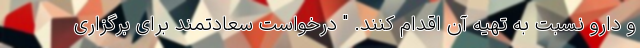
و دارو نسبت به تهیه آن اقدام کنند. " درخواست سعادتمند برای برگزاری